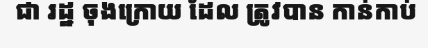
ជា រដ្ឋ ចុងក្រោយ ដែល ត្រូវបាន កាន់កាប់